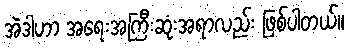
အဲဒါဟာ အရေးအကြီးဆုံးအရာလည်း ဖြစ်ပါတယ်။